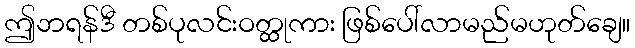
ဤဘရန်ဒီ တစ်ပုလင်းဝတ္ထုကား ဖြစ်ပေါ်လာမည်မဟုတ်ချေ။